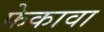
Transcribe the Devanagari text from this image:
फेकावा